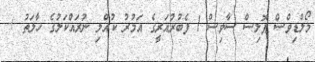
މޯލްޑިވްސް ޕޮލިސް ސާވިސް 1 ފެބުރުއަރީގެ އަމުރު ކުއްލި ނުރައްކަލުގެ ހާލަތު +